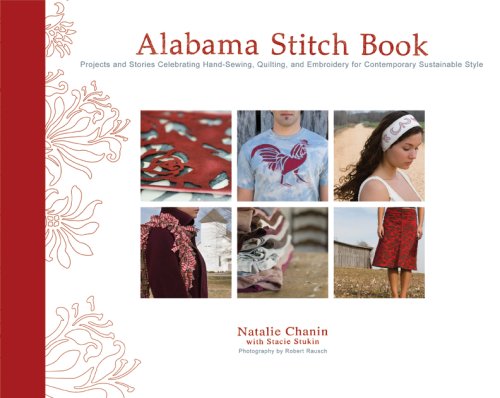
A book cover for Alabama Stitch Book: Projects and Stories Celebrating Hand-Sewing, Quilting, and Embroidery for Contemporary Sustainable Style; Natalie Chanin; Crafts, Hobbies & Home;